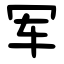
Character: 军